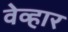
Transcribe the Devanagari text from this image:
वेव्हार